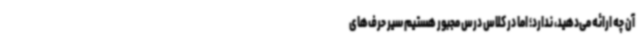
آن چه ارائه می‌دهید، ندارد؛ اما در کلاس درس مجبور هستیم سیر حرف‌های